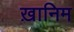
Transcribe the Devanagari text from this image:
ख़ानिम